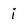
Character: i